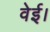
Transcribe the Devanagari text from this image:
वेई।